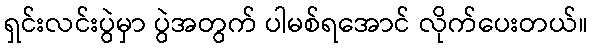
ရှင်းလင်းပွဲမှာ ပွဲအတွက် ပါမစ်ရအောင် လိုက်ပေးတယ်။